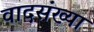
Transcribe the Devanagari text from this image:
वादसंख्या